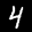
Label: 4